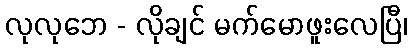
လုလုဘေ - လိုချင် မက်မောဖူးလေပြီ၊